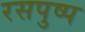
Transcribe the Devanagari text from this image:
रसपुष्प